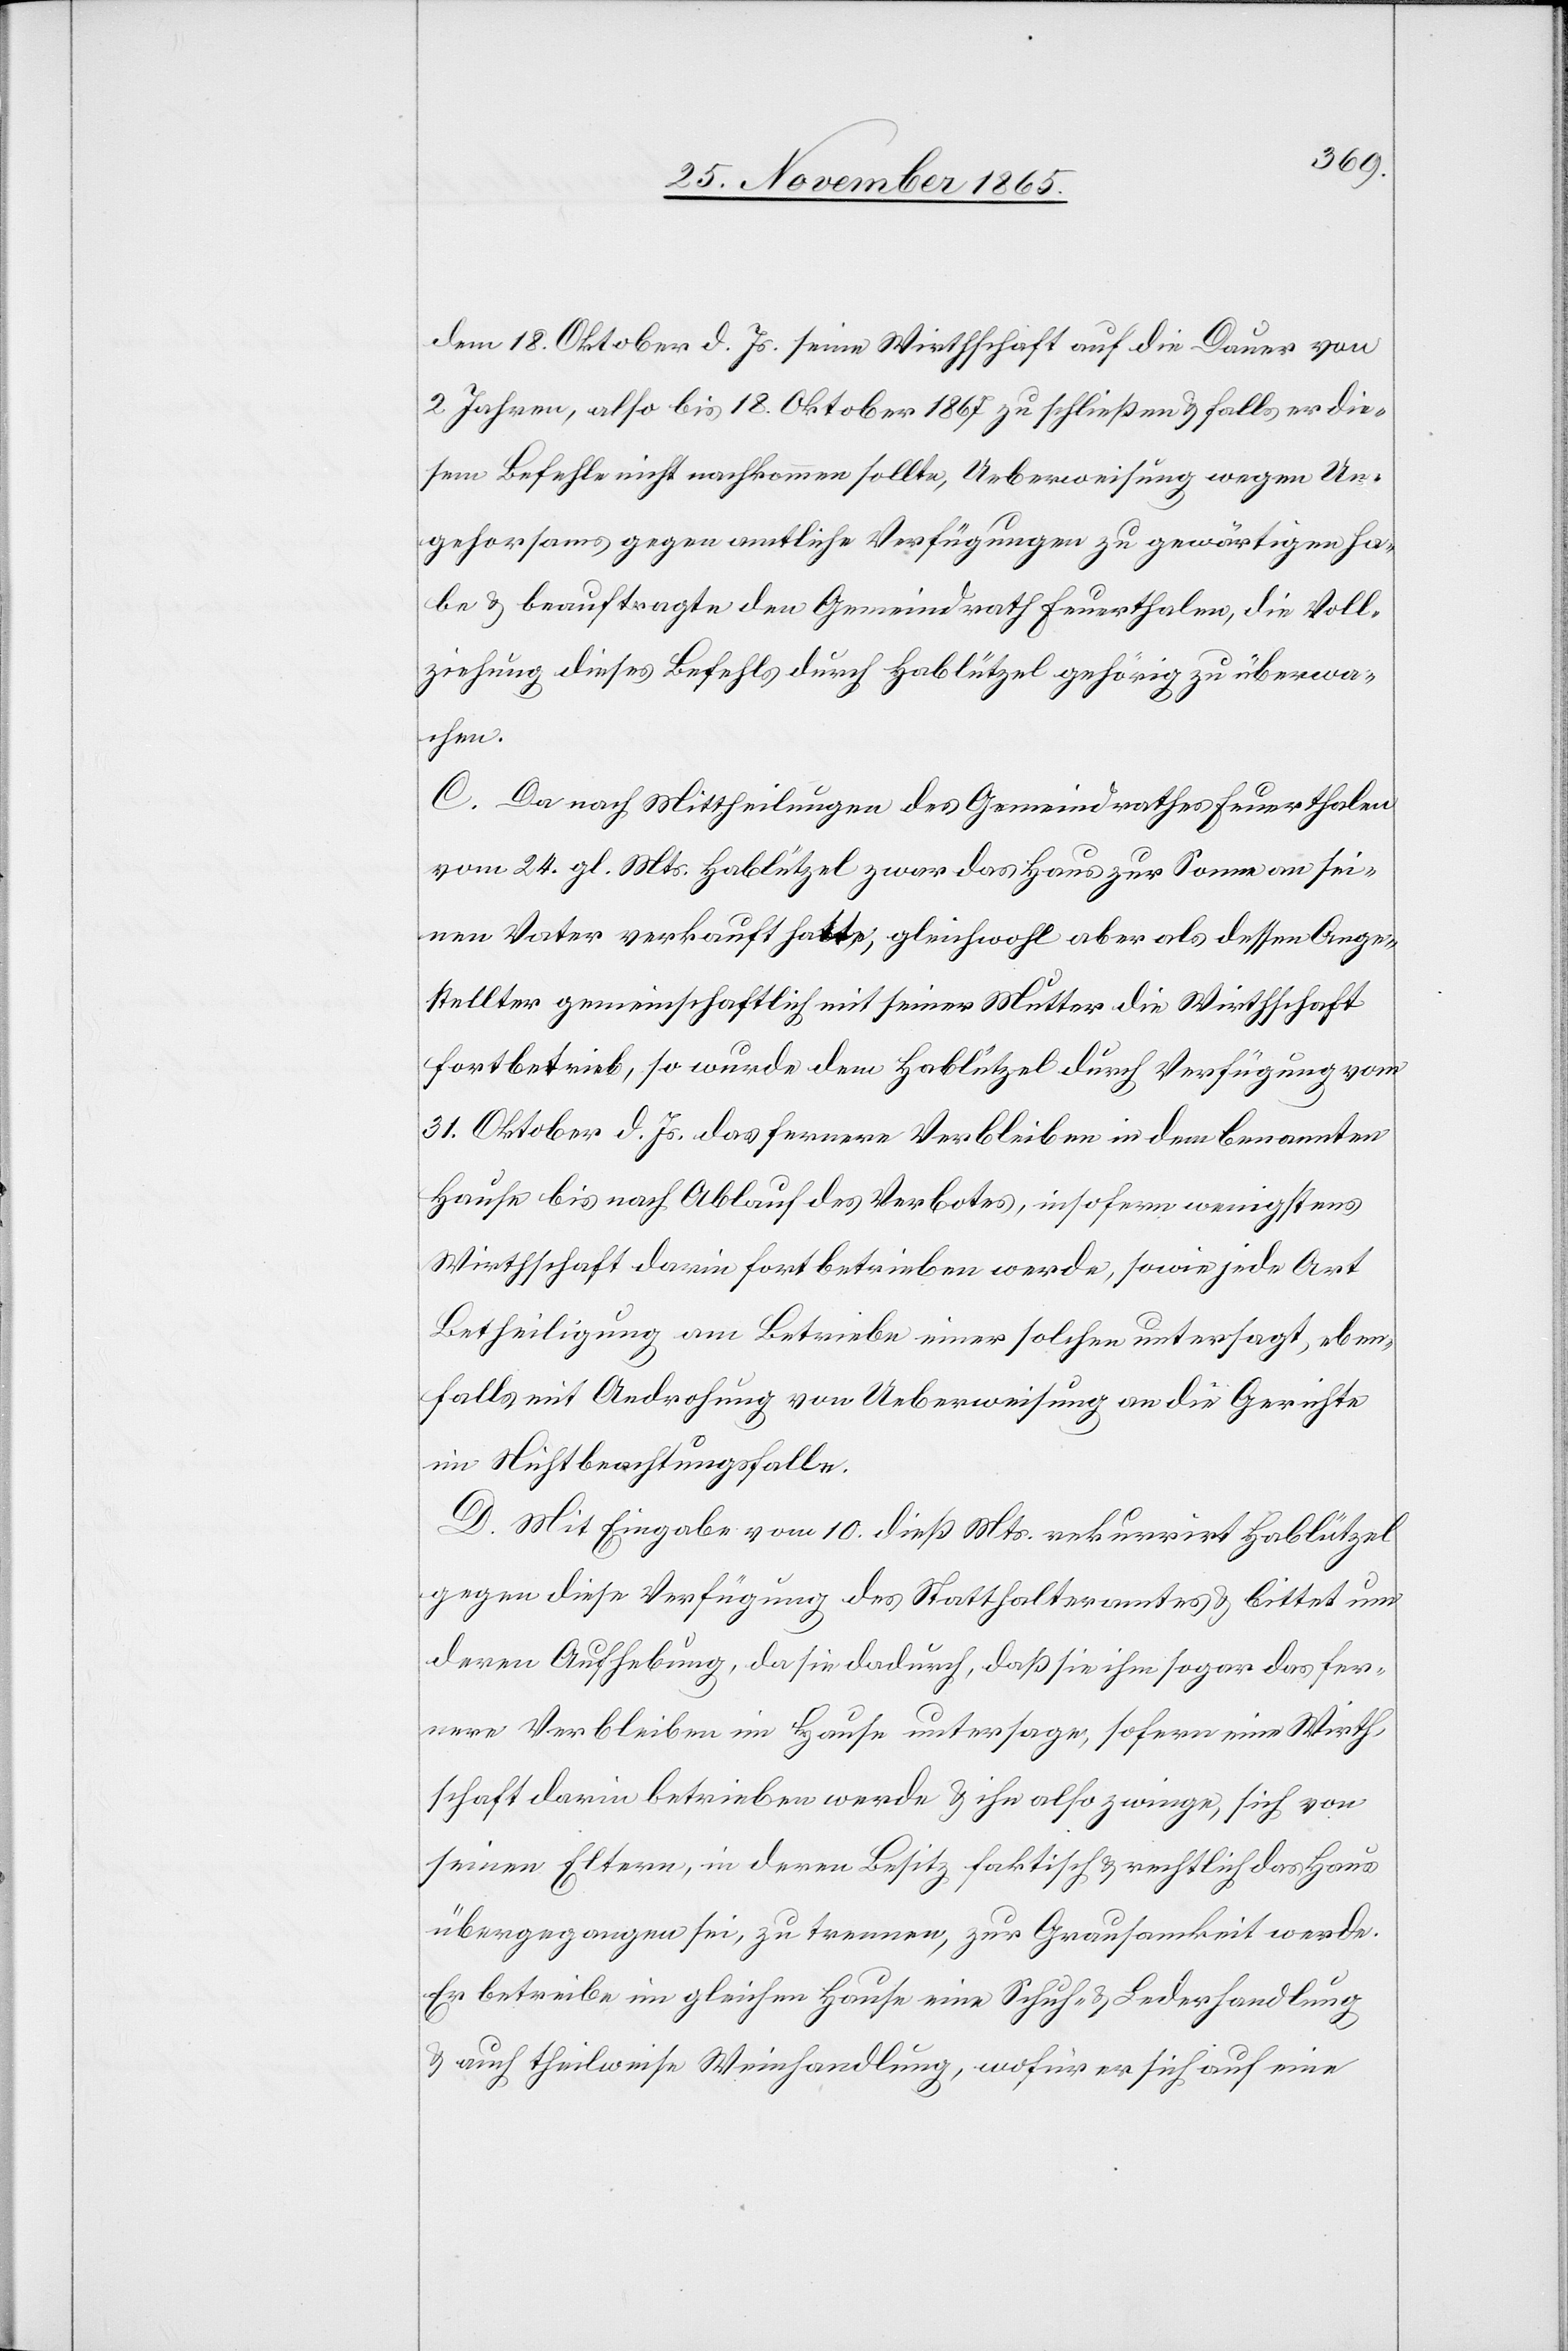
dem 18. Oktober d. Js. seine Wirthschaft auf die Dauer von
2 Jahren, also bis 18. Oktober 1867 zu schließen & falls er die¬
sem Befehle nicht nachkommen sollte, Ueberweisung wegen Un¬
gehorsams gegen amtliche Verfügungen zu gewärtigen ha¬
be & beauftragte den Gemeindrath Feuerthalen, die Voll¬
ziehung dieses Befehls durch Hablützel gehörig zu überwa¬
chen.
C. Da nach Mittheilungen des Gemeindrathes Feuerthalen
vom 24. gl. Mts. Hablützel zwar das Haus zur Sonne an sei¬
nen Vater verkauft hatte, gleichwohl aber als dessen Ange¬
stellter gemeinschaftlich mit seiner Mutter die Wirthschaft
betrieb, so wurde dem Hablützel durch Verfügung vom
31. Oktober d. Js. das fernere Verbleiben in dem benannten
Hause bis nach Ablauf des Verbotes, insofern wenigstens
Wirthschaft darin fortbetrieben werde, sowie jede Art
Betheiligung am Betriebe einer solchen untersagt, eben¬
falls mit Androhung von Ueberweisung an die Gerichte
im Nichtbeachtungsfalle.
D. Mit Eingabe von 10. dieß Mts. rekurrirt Hablützel
gegen diese Verfügung des Statthalteramtes & bittet um
deren Aufhebung, da sie dadurch, daß sie ihm sogar das fer¬
nere Verbleiben im Hause untersage, sofern eine Wirth¬
schaft darin betrieben werde & ihn also zwinge, sich von
seinen Eltern, in deren Besitz faktisch & rechtlich das Haus
übergegangen sei, zu trennen, zur Grausamkeit werde.
Er betreibe im gleichen Hause eine Schuh- & Lederhandlung
& auch theilweise Weinhandlung, wofür er sich auf eine